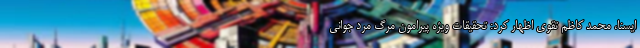
ایسنا، محمد کاظم تقوی اظهار کرد: تحقیقات ویژه پیرامون مرگ مرد جوانی